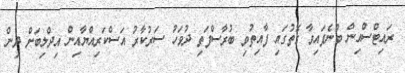
ރައިޓްސްއިން ބުނެފައިވާ ގޮތުގައި ފާއިތުވި ބުރާސްފަތި ދުވަހު ސަރުކާރު އަސްކަރިއްޔާއިން އިދްލިބަށް ދިން